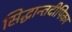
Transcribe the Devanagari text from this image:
सिद्धान्तदीपिका